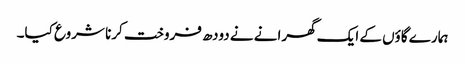
ہمارے گاؤں کے ایک گھرانے نے دودھ فروخت کرنا شروع کیا۔